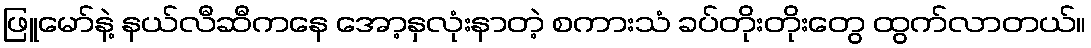
ဖြူမော်နဲ့ နယ်လီဆီကနေ အော့နှလုံးနာတဲ့ စကားသံ ခပ်တိုးတိုးတွေ ထွက်လာတယ်။